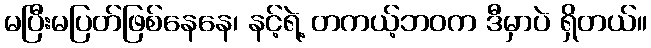
မပြီးမပြတ်ဖြစ်နေနေ၊ နင့်ရဲ့ တကယ့်ဘဝက ဒီမှာပဲ ရှိတယ်။